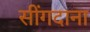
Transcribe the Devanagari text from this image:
सींगदाना